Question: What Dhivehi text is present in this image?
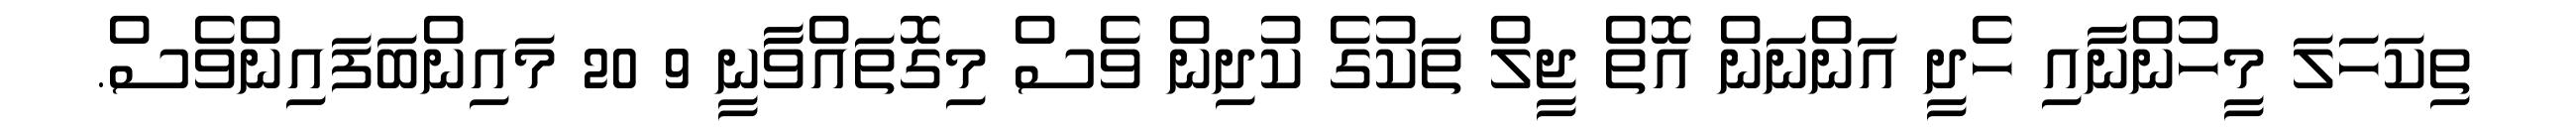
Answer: ތިކަހަލަ މީހުންނާއި ހެދީ އަންނަން އޮތް ޖީލް ތަކުގެ ކުދިން ވެސް މިގޮތައްވަާނީ 9 20 މައިންބަފައިންވެސް.